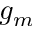
g _ { m }